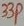
Text: 33P